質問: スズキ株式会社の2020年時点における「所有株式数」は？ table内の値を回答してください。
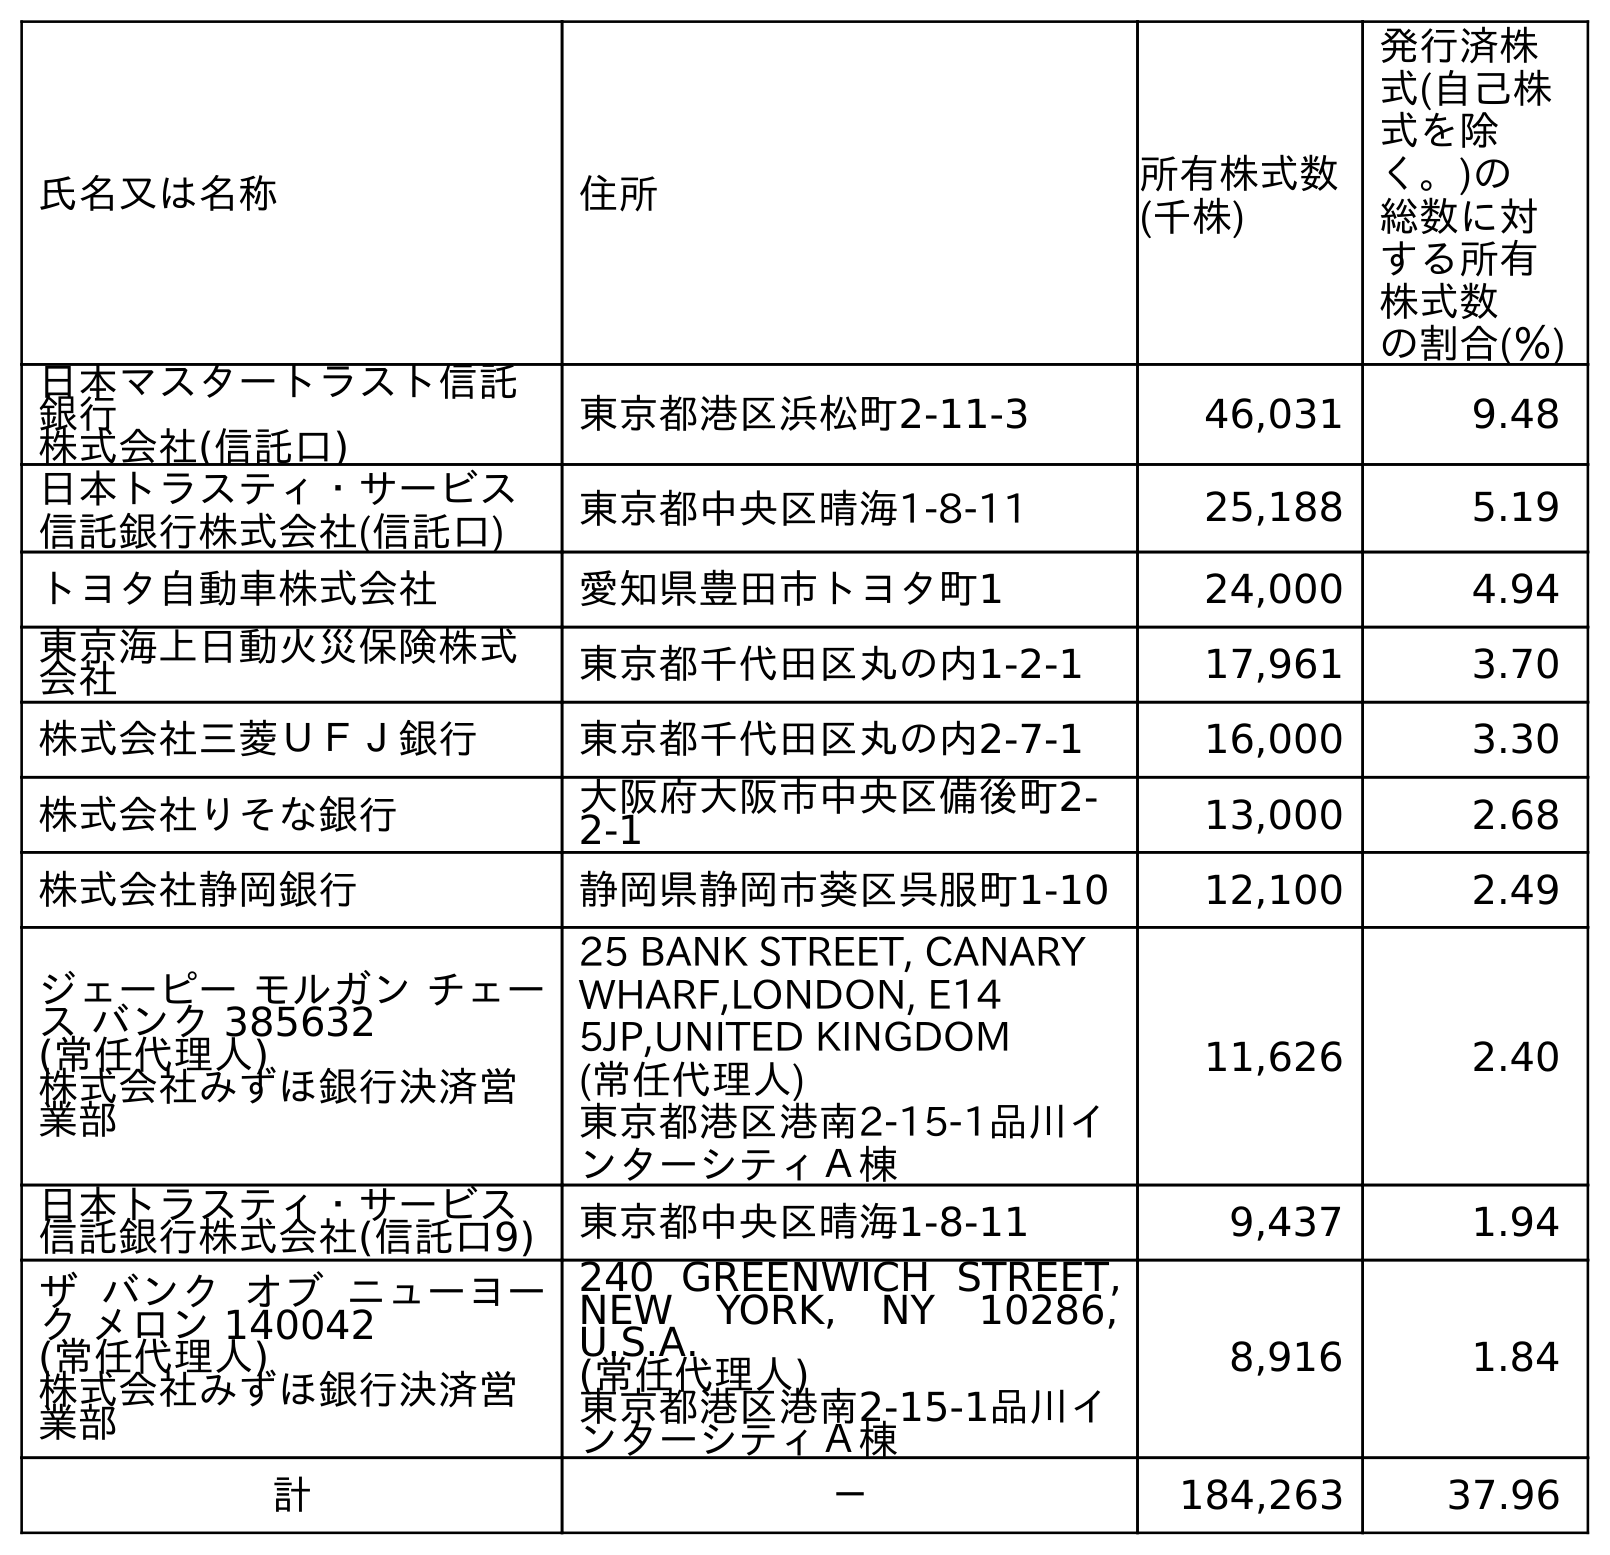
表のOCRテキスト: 氏名又は名称 住所 所有株式数 (千株) 発行済株 式(自己株 式を除 く。)の 総数に対 する所有 株式数 の割合(％) 日本マスタートラスト信託 銀行 株式会社(信託口) 東京都港区浜松町2-11-3 46,031 9.48 日本トラスティ・サービス 信託銀行株式会社(信託口) 東京都中央区晴海1-8-11 25,188 5.19 トヨタ自動車株式会社 愛知県豊田市トヨタ町1 24,000 4.94 東京海上日動火災保険株式 会社 東京都千代田区丸の内1-2-1 17,961 3.70 株式会社三菱ＵＦＪ銀行 東京都千代田区丸の内2-7-1 16,000 3.30 株式会社りそな銀行 大阪府大阪市中央区備後町2- 2-1 13,000 2.68 株式会社静岡銀行 静岡県静岡市葵区呉服町1-10 12,100 2.49 ジェーピー モルガン チェー ス バンク 385632 (常任代理人) 株式会社みずほ銀行決済営 業部 25 BANK STREET, CANARY WHARF,LONDON, E14 5JP,UNITED KINGDOM (常任代理人) 東京都港区港南2-15-1品川イ ンターシティＡ棟 11,626 2.40 日本トラスティ・サービス 信託銀行株式会社(信託口9) 東京都中央区晴海1-8-11 9,437 1.94 ザ バンク オブ ニューヨー ク メロン 140042 (常任代理人) 株式会社みずほ銀行決済営 業部 240 GREENWICH STREET, NEW YORK, NY 10286, U.S.A. (常任代理人) 東京都港区港南2-15-1品川イ ンターシティＡ棟 8,916 1.84 計 － 184,263 37.96
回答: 184,263